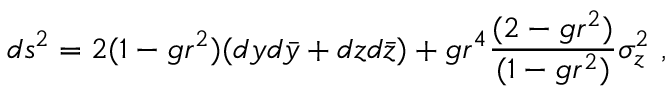
d s ^ { 2 } = 2 ( 1 - g r ^ { 2 } ) ( d y d \bar { y } + d z d \bar { z } ) + g r ^ { 4 } { \frac { ( 2 - g r ^ { 2 } ) } { ( 1 - g r ^ { 2 } ) } } \sigma _ { z } ^ { 2 } \ ,